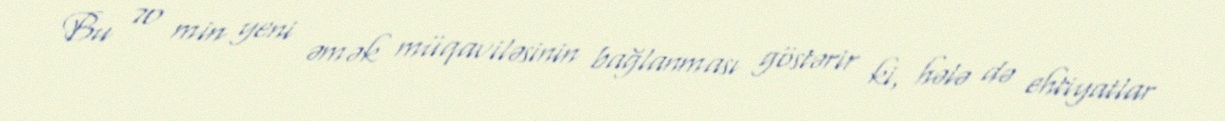
Bu 70 min yeni əmək müqaviləsinin bağlanması göstərir ki, hələ də ehtiyatlar